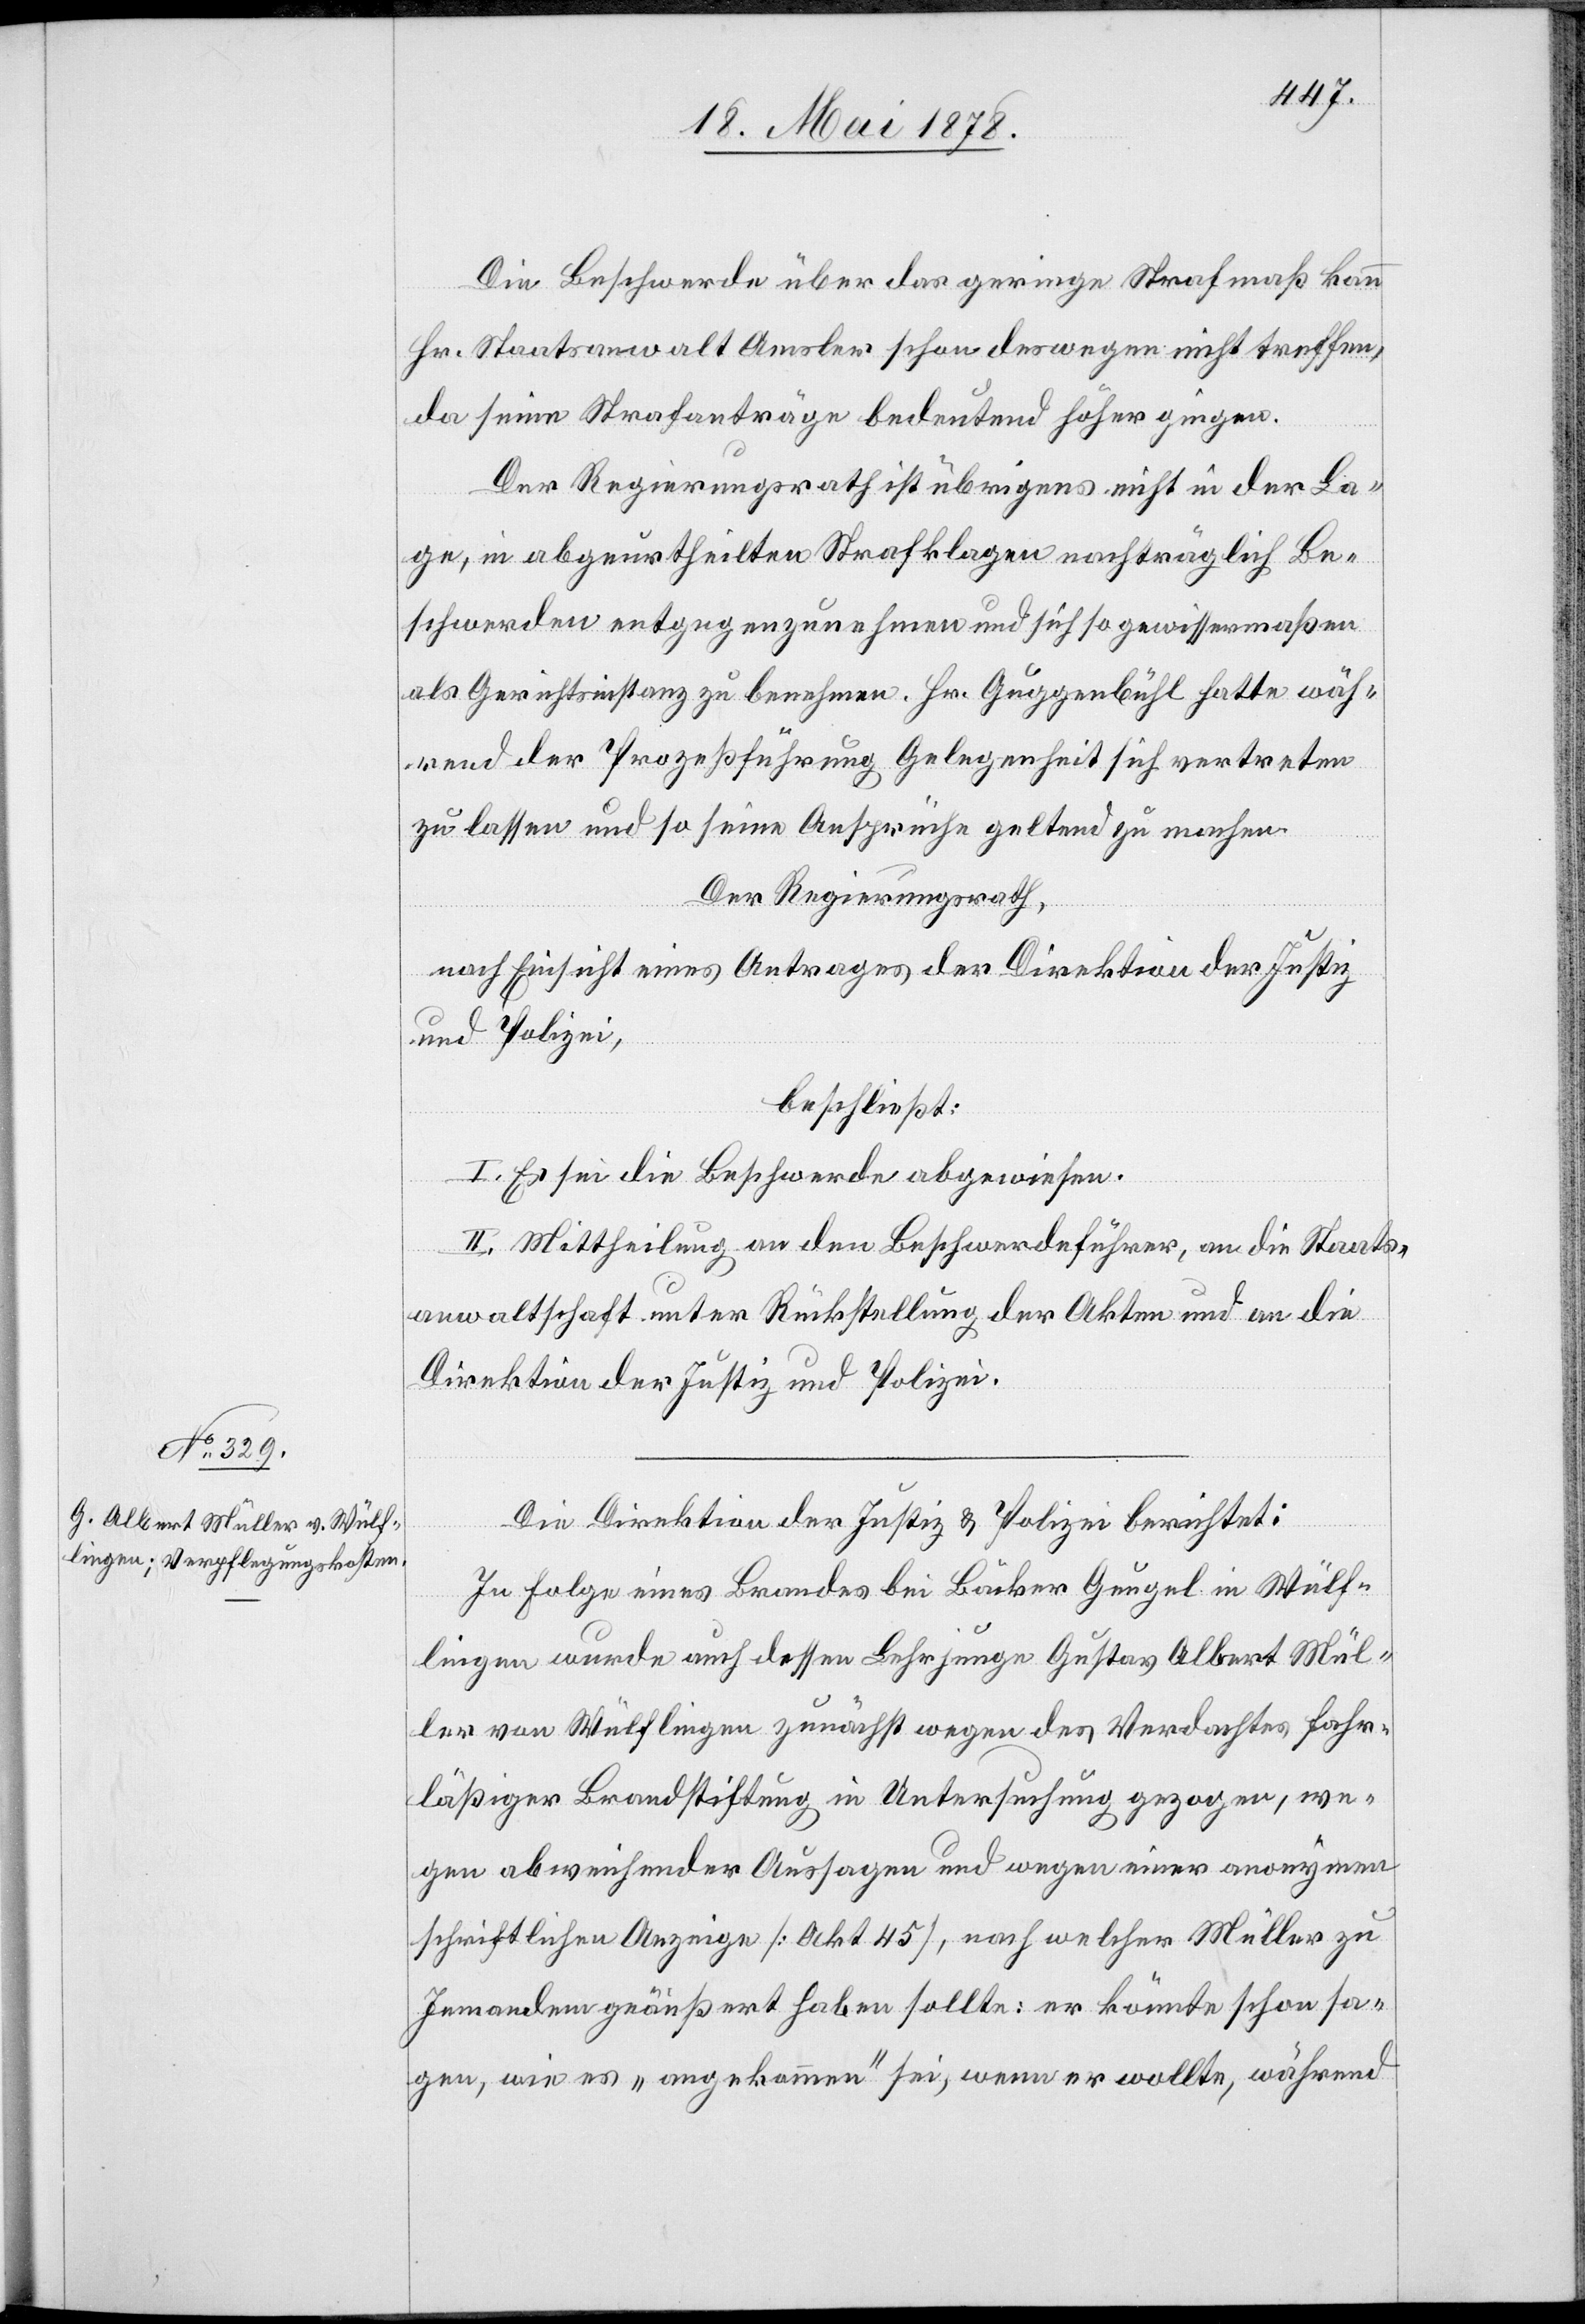
Die Beschwerde über das geringe Strafmaß kann
Hr. Staatsanwalt Amsler schon deswegen nicht treffen,
da seine Strafanträge bedeutend höher gingen.
Der Regierungsrath ist übrigens nicht in der La¬
ge, in abgeurtheilten Strafklagen nachträglich Be¬
schwerden entgegenzunehmen und sich so gewissermaßen
als Gerichtsinstanz zu benehmen. Hr. Guggenbühl hatte wäh¬
rend der Prozessführung Gelegenheit sich vertreten
zu lassen und so seine Ansprüche geltend zu machen.
Der Regierungsrath,
nach Einsicht eines Antrages der Direktion der Justiz
und Polizei,
beschließt:
I. Es sei die Beschwerde abgewiesen.
II. Mittheilung an den Beschwerdeführer, an die Staats¬
anwaltschaft unter Rückstellung der Akten und an die
Direktion der Justiz und Polizei.